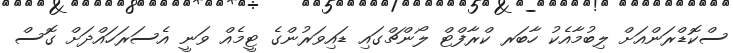
ސްކޮޑްރަންއަށް ލިބުމާއެކު ހާބަރ ކްރާފްޓް ލޯންޗްގައި ޑައިވަރުންގެ ޓީމެއް ވަނީ އެސަރަހައްދަށް ގޮސް